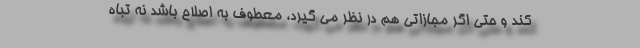
کند و حتی اگر مجازاتی هم در نظر می گیرد، معطوف به اصلاح باشد نه تباه